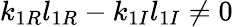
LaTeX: k_{1R}l_{1R}-k_{1I}l_{1I}\neq 0